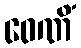
ဝေဏိံ